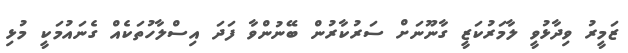
ޒަމީރު ވިދާޅުވީ ލާމަރުކަޒީ ގާނޫނަށް ސަރުކާރުން ބޭނުންވާ ފަދަ އިސްލާހުތަކެއް ގެނައުމަކީ މުޅި